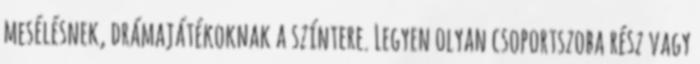
mesélésnek, drámajátékoknak a színtere. Legyen olyan csoportszoba rész vagy